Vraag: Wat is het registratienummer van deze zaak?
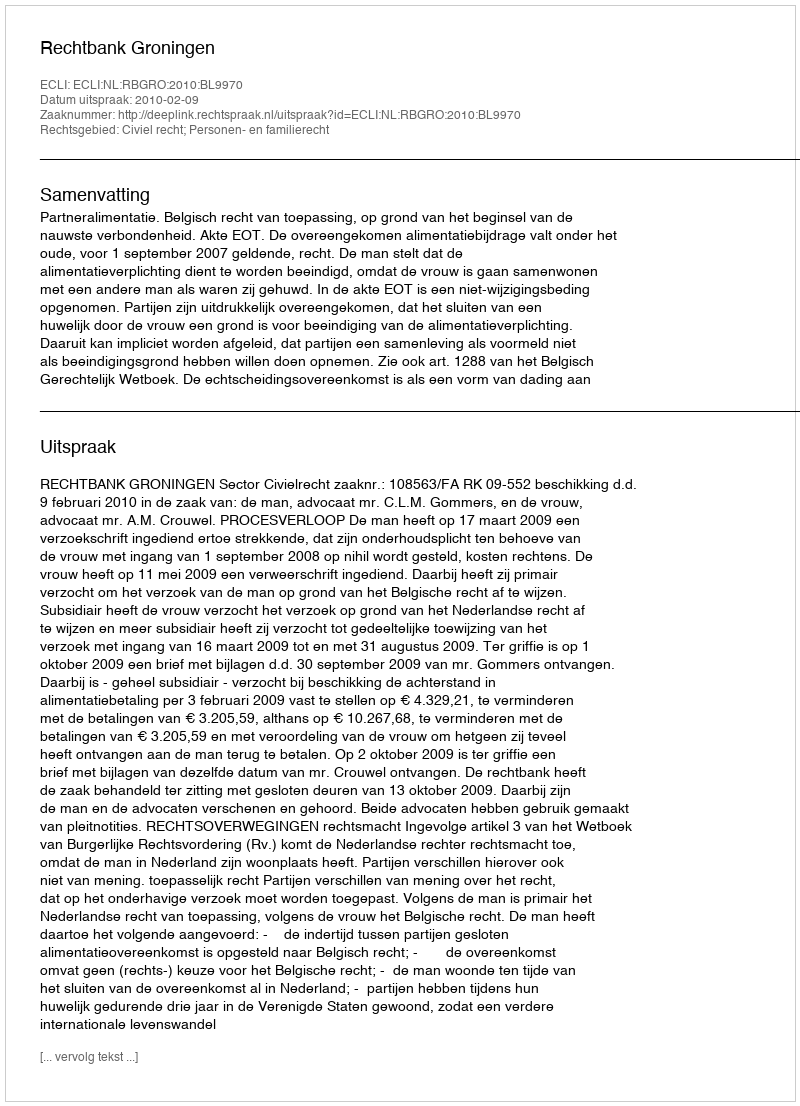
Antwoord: http://deeplink.rechtspraak.nl/uitspraak?id=ECLI:NL:RBGRO:2010:BL9970